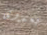
بعدوى